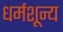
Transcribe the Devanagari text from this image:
धर्मशून्य